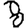
Digit: 8